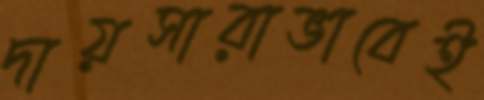
দায়সারাভাবেই